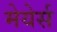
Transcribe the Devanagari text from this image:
मेयेर्स